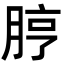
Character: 脝